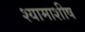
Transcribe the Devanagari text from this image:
श्यामाशीष